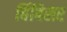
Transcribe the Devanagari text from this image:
बिंबिसर